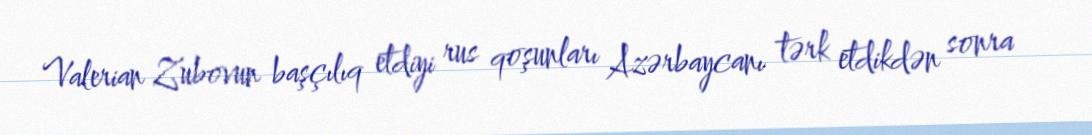
Valerian Zubovun başçılıq etdiyi rus qoşunları Azərbaycanı tərk etdikdən sonra